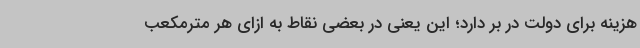
هزینه برای دولت در بر دارد؛ این یعنی در بعضی نقاط به ازای هر مترمکعب